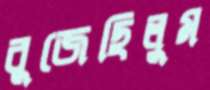
বুজেছিলুম